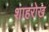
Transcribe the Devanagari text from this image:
शाहरोख